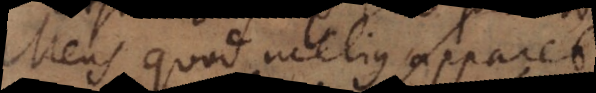
Mens quod melius apparet.